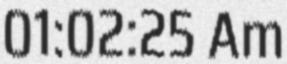
01:02:25 Am